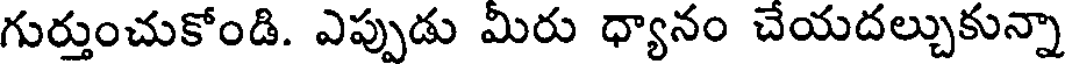
గుర్తుంచుకోండి. ఎప్పుడు మీరు ధ్యానం చేయదల్చుకున్నా